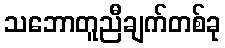
သဘောတူညီချက်တစ်ခု